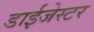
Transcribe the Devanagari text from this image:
डाईजेस्टर